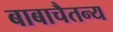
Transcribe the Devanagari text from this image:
बाबाचैतन्य